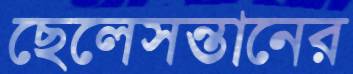
ছেলেসন্তানের